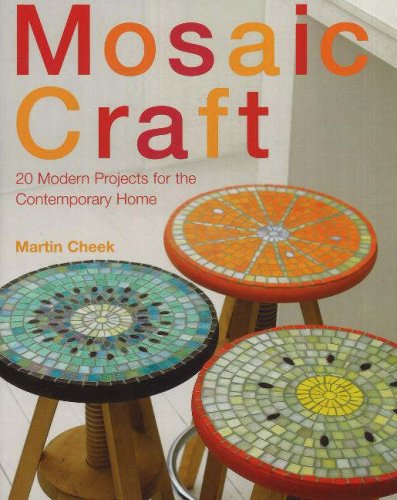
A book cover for Mosaic Craft: 20 Modern Projects for the Contemporary Home; Martin Cheek; Crafts, Hobbies & Home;